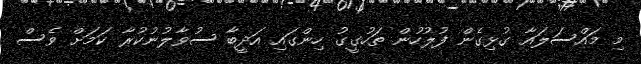
މި މައްސަލައާ ގުޅިގެން ފުލުހުން ތަހުގީގު ހިންގައި އަދީބާ ސުވާލުނުކުރާ ކަމަށް ވެސް